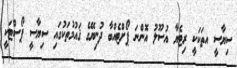
ސިޔާސީ އތަކަކީ ރިޓެޔާ އުސޫލު އޮންނަ ޕޯށްޓެއްބާ ދުނިޔޭގެ ޤައުމުތަކުގައި ސިޔާސީ ޕޯސްޓަކީ